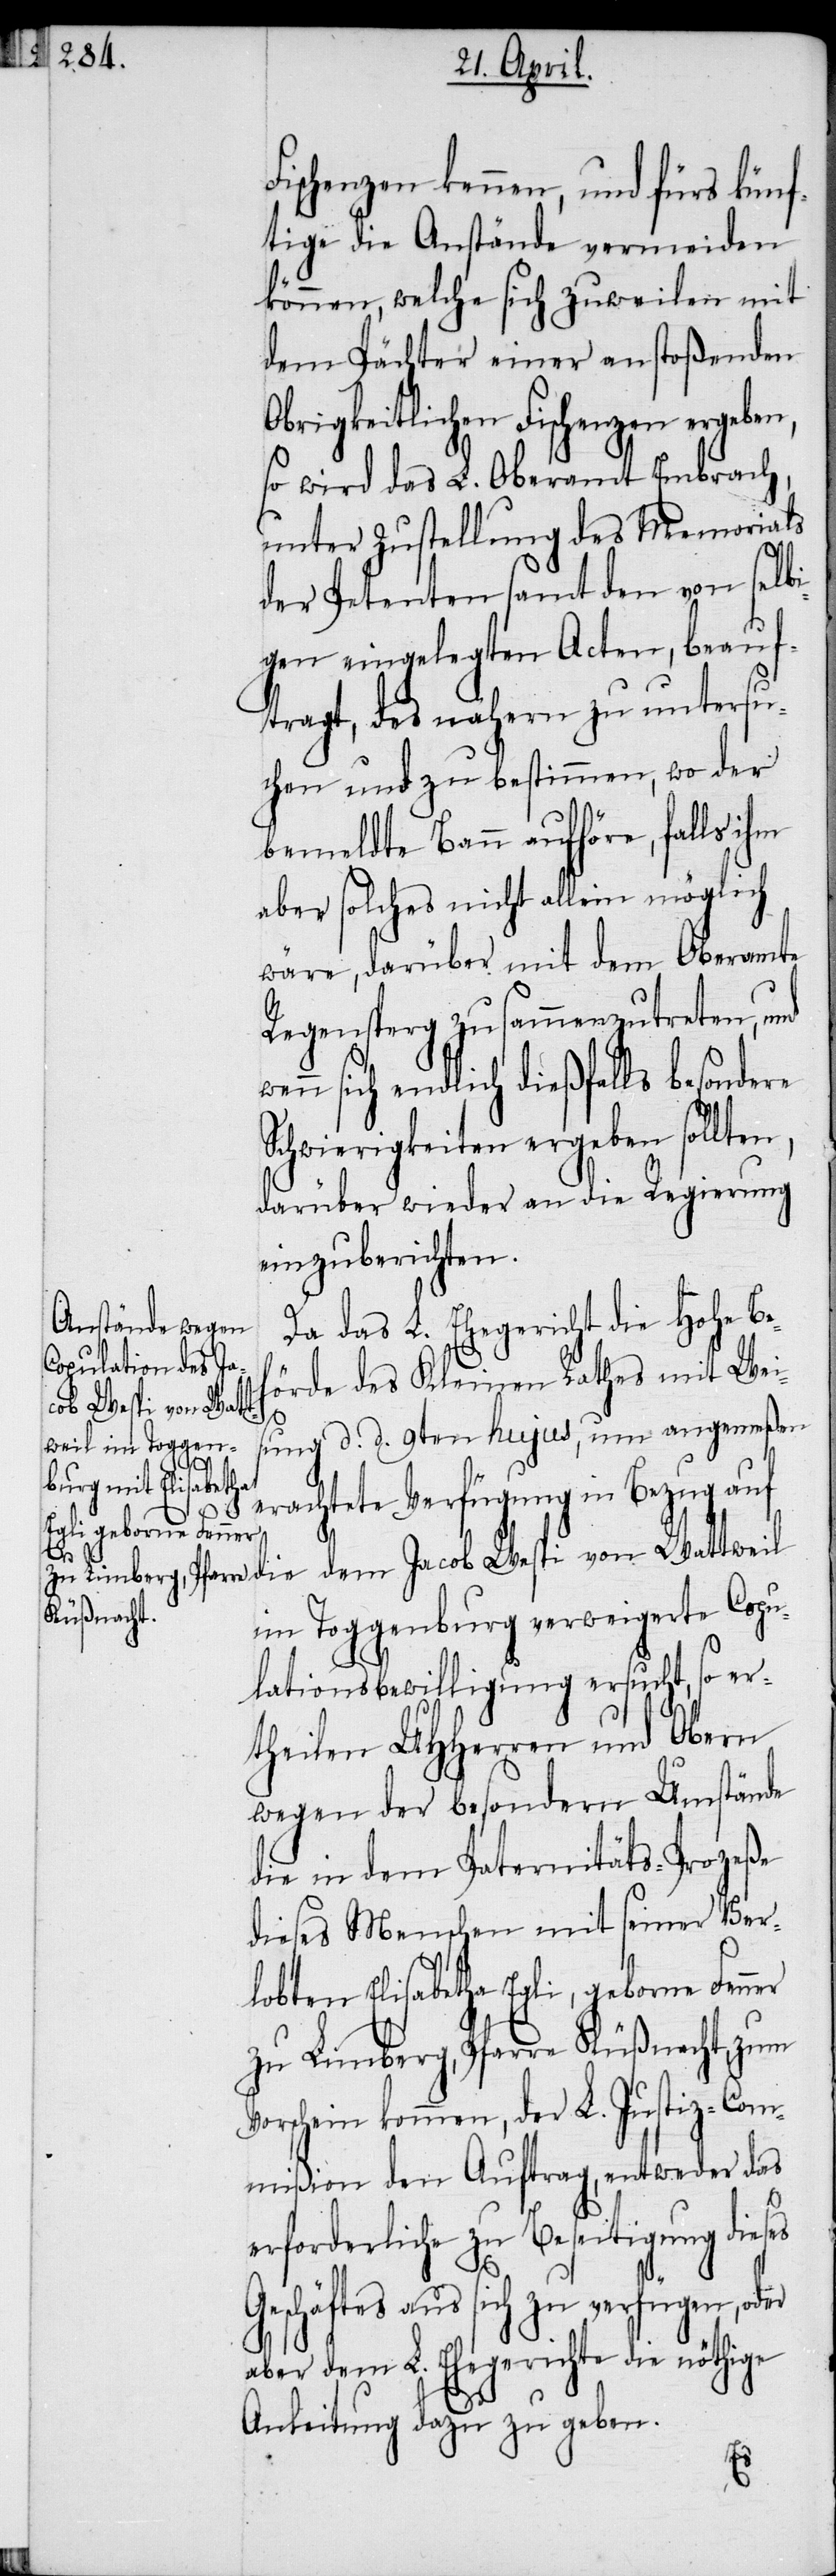
tweil

Fischenzen kennen, und fürs künf¬
tige die Anstände vermeiden
können, welche sich zuweilen mit
dem Pächter einer anstoßenden
Obrigkeitlichen Fischenzen ergeben,
so wird das L. Oberamt Embrach,
unter Zustellung des Memorials
der Petenten samt den von selbi¬
gen eingelegten Acten, beauf¬
tragt, des nähern zu untersu¬
chen und zu bestimmen, wo der
bemeldte Bann aufhöre, falls ihm
aber solches nicht allein möglich
wäre, darüber mit dem Oberamte
Regensperg zusammenzutreten, und
nn sich endlich dießfalls besondere
Schwierigkeiten ergeben sollten,
darüber wieder an die Regierung
einzuberichten.
Da das L. Ehegericht die Hohe Be¬
hörde des Kleinen Rathes mit Wei¬
ob Wespi von Wat¬
sung d. d. 9ten hujus, um angemeßen
die dem Jac¬
erachtete Verfügung in Bezug auf
we¬
im Toggenburg verweigerte Copu¬
lationsbewilligung ersucht, so er¬
theilen UHHerren und Obern
wegen der besondern Umstände
die in dem Paternitäts-Prozeße
dieses Menschen mit seiner Ver¬
lobten Elisabetha Egli, geborne Fenner
zu Limberg, Pfarre Küßnacht, zum
Vorschein kommen, der L. Justiz-Com¬
mißion den Auftrag, entweder das
erforderliche zu Beseitigung dieses
Geschäftes aus sich zu verfügen, oder
aber dem L. Ehegerichte die nöthige
Anleitung dazu zu geben.